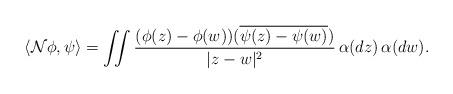
LaTeX: \begin{align*}\langle \mathcal{N}\phi,\psi \rangle=\iint\frac{(\phi(z)-\phi(w))(\overline{\psi(z)-\psi(w)})}{|z-w|^{2}} \, \alpha(dz)\,\alpha(dw).\end{align*}